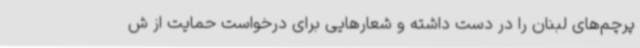
پرچم‌های لبنان را در دست داشته و شعارهایی برای درخواست حمایت از ش